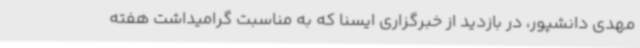
مهدی دانشپور، در بازدید از خبرگزاری ایسنا که به مناسبت گرامیداشت هفته